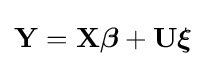
\mathbf {Y} =\mathbf {X} {\boldsymbol {\beta }}+\mathbf {U} {\boldsymbol {\xi }}